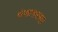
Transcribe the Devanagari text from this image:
कंपालापासून